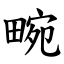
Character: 畹